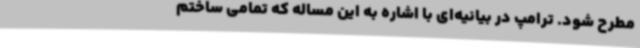
مطرح شود. ترامپ در بیانیه‌ای با اشاره به این مساله که تمامی ساختم